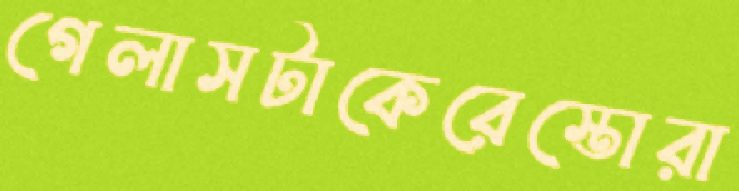
গেলাসটাকেরেস্তোরা